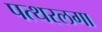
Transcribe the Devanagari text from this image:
पत्थरलगा